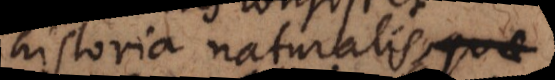
historia naturalis, ad